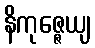
နိကုဇ္ဇေယျ